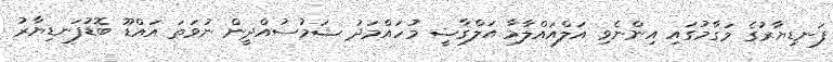
ފަނޑިޔާރުގެ މަގާމުގައި އިންނެވި އަލްއައްލާމާ އަލްޤާޟީ މުހައްމަދު ޝަމުސުއްދީން ނުވަތަ އައްޑޫ ބޮޑުފަނޑިޔާރު